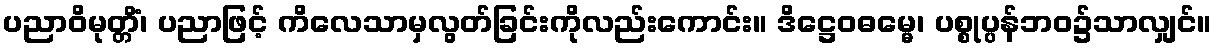
ပညာဝိမုတ္တိံ၊ ပညာဖြင့် ကိလေသာမှလွတ်ခြင်းကိုလည်းကောင်း။ ဒိဋ္ဌေဝဓမ္မေ၊ ပစ္စုပ္ပန်ဘဝ၌သာလျှင်။